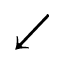
\swarrow